Annual report on the lock hospitals of the Madras Presidency
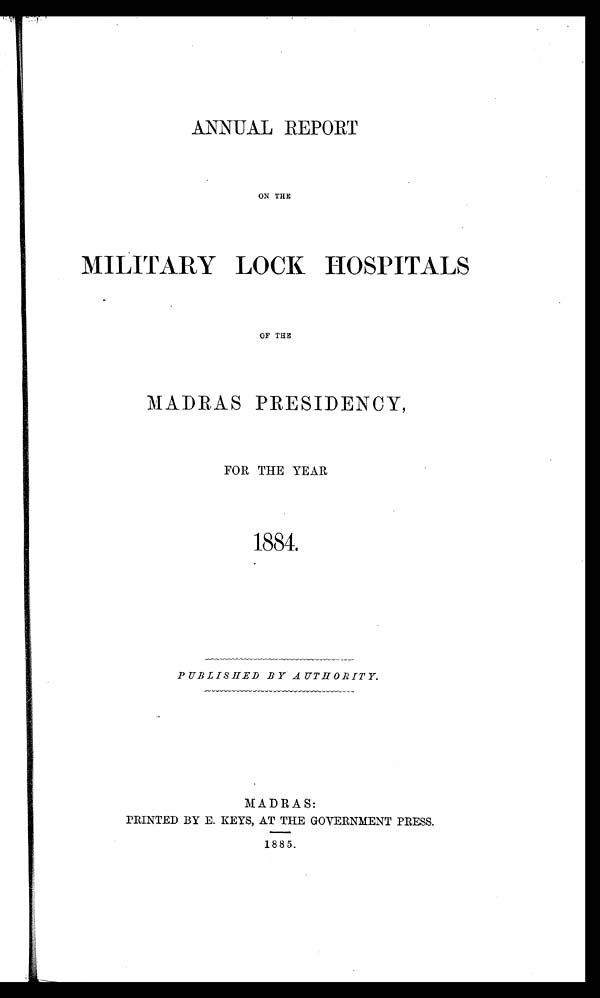
ANNUAL REPORT
ON THE
MILITARY LOCK HOSPITALS
OF THE
MADRAS PRESIDENCY,
FOR THE YEAR
1884.
PUBLISHED BY AUTHORITY
MADRAS:
PRINTED BY E. KEYS, AT THE GOVERNMENT PRESS.
1885.